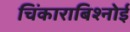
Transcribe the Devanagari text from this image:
चिंकाराबिश्नोई